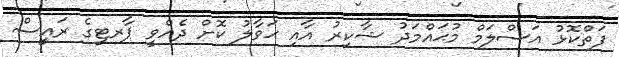
ފަތްކޮޅު އަސްލަމް މުޙައްމަދު ޝާކިރު އާއި ޙަވާލު ކޮށް ދެއްވީ ޕާރޓީގެ ރައީސް